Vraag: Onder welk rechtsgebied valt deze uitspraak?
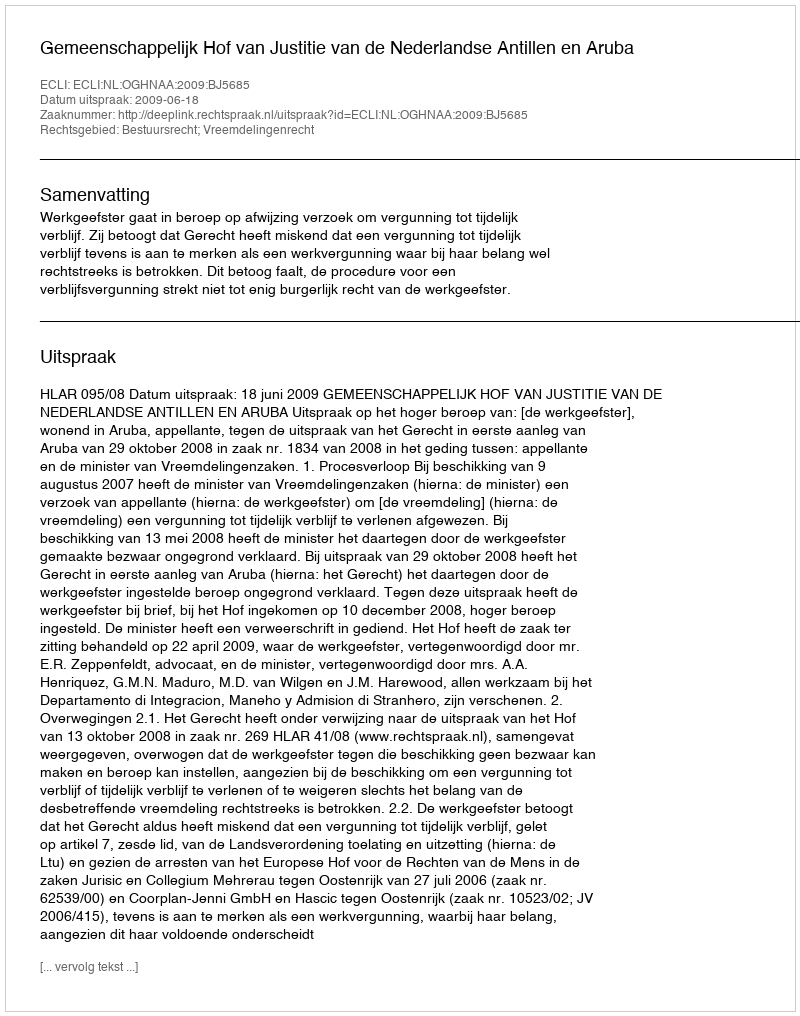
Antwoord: Bestuursrecht; Vreemdelingenrecht